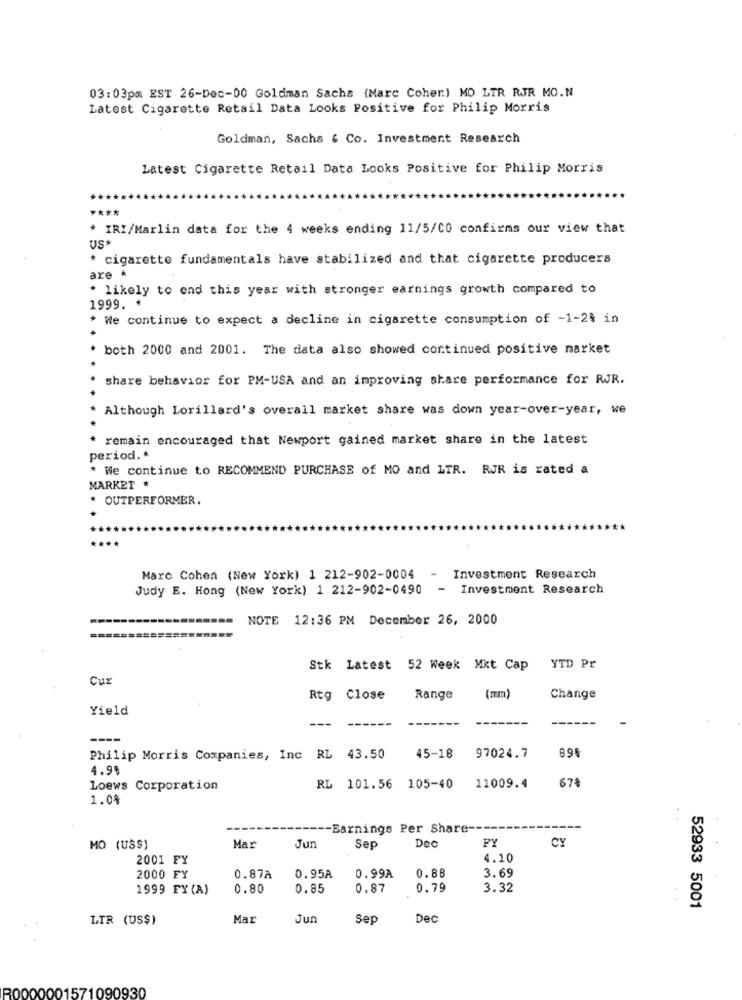
03:03pm EST 26-Dec-00 Goldman Sachs (Marc Coher) MO LTR RJR MO.N
Latest Cigarette Retail Data Looks Positive for Philip Morris
Goldman, Sachs & Co. Investment Research
Latest Cigarette Retail Data Looks Positive for Philip Morris
****
* IRI/Marlin data for the 4 weeks ending 11/5/CO confirms our view that
US*
* cigarette fundamentals have stabilized and that cigarette producers
are *
* likely to end this year with stronger earnings growth compared to
1999.
* We continue to expect a decline in cigarette consumption of -1-2% in
both 2000 and 2001. The data also showed continued positive market
share behavior for PM-USA and an improving share performance for RJR.
Although Lorillard's overall market share was down year-over-year, we
remain encouraged that Newport gained market share in the latest
period. *
* We continue to RECOMMEND PURCHASE of MO and LTR. RJR is rated a
MARKET
OUTPERFORMER.
Marc Cohen (New York) 1 212-902-0004
Investment Research
Judy E. Hong (New York) 1 212-902-0490
- Investment Research
NOTE 12:36 PM December 26, 2000
Stk Latest 52 Week Mkt Cap YTD Pr
Cur
Rtg Close
Range
(mm)
Change
Yield
-------
894
Philip Morris Companies, Inc RL 43.50
45-18
97024.7
4.9%
Loews Corporation
RL 101.56 105-40
11009.4
67
1.0%
-- Earnings Per Share ---
Dec
PY
CY
MO (US$)
Mar
Jun
Sep
2001 FY
4.10
0.88
2000 FY
0.87A
0.95A
0.99A
3.69
1999 FY (A)
0.80
0.85
0.87
0.79
3.32
52933 5001
LTR (US$)
Mar
Jun
Sep
Dec
R0000001571090930